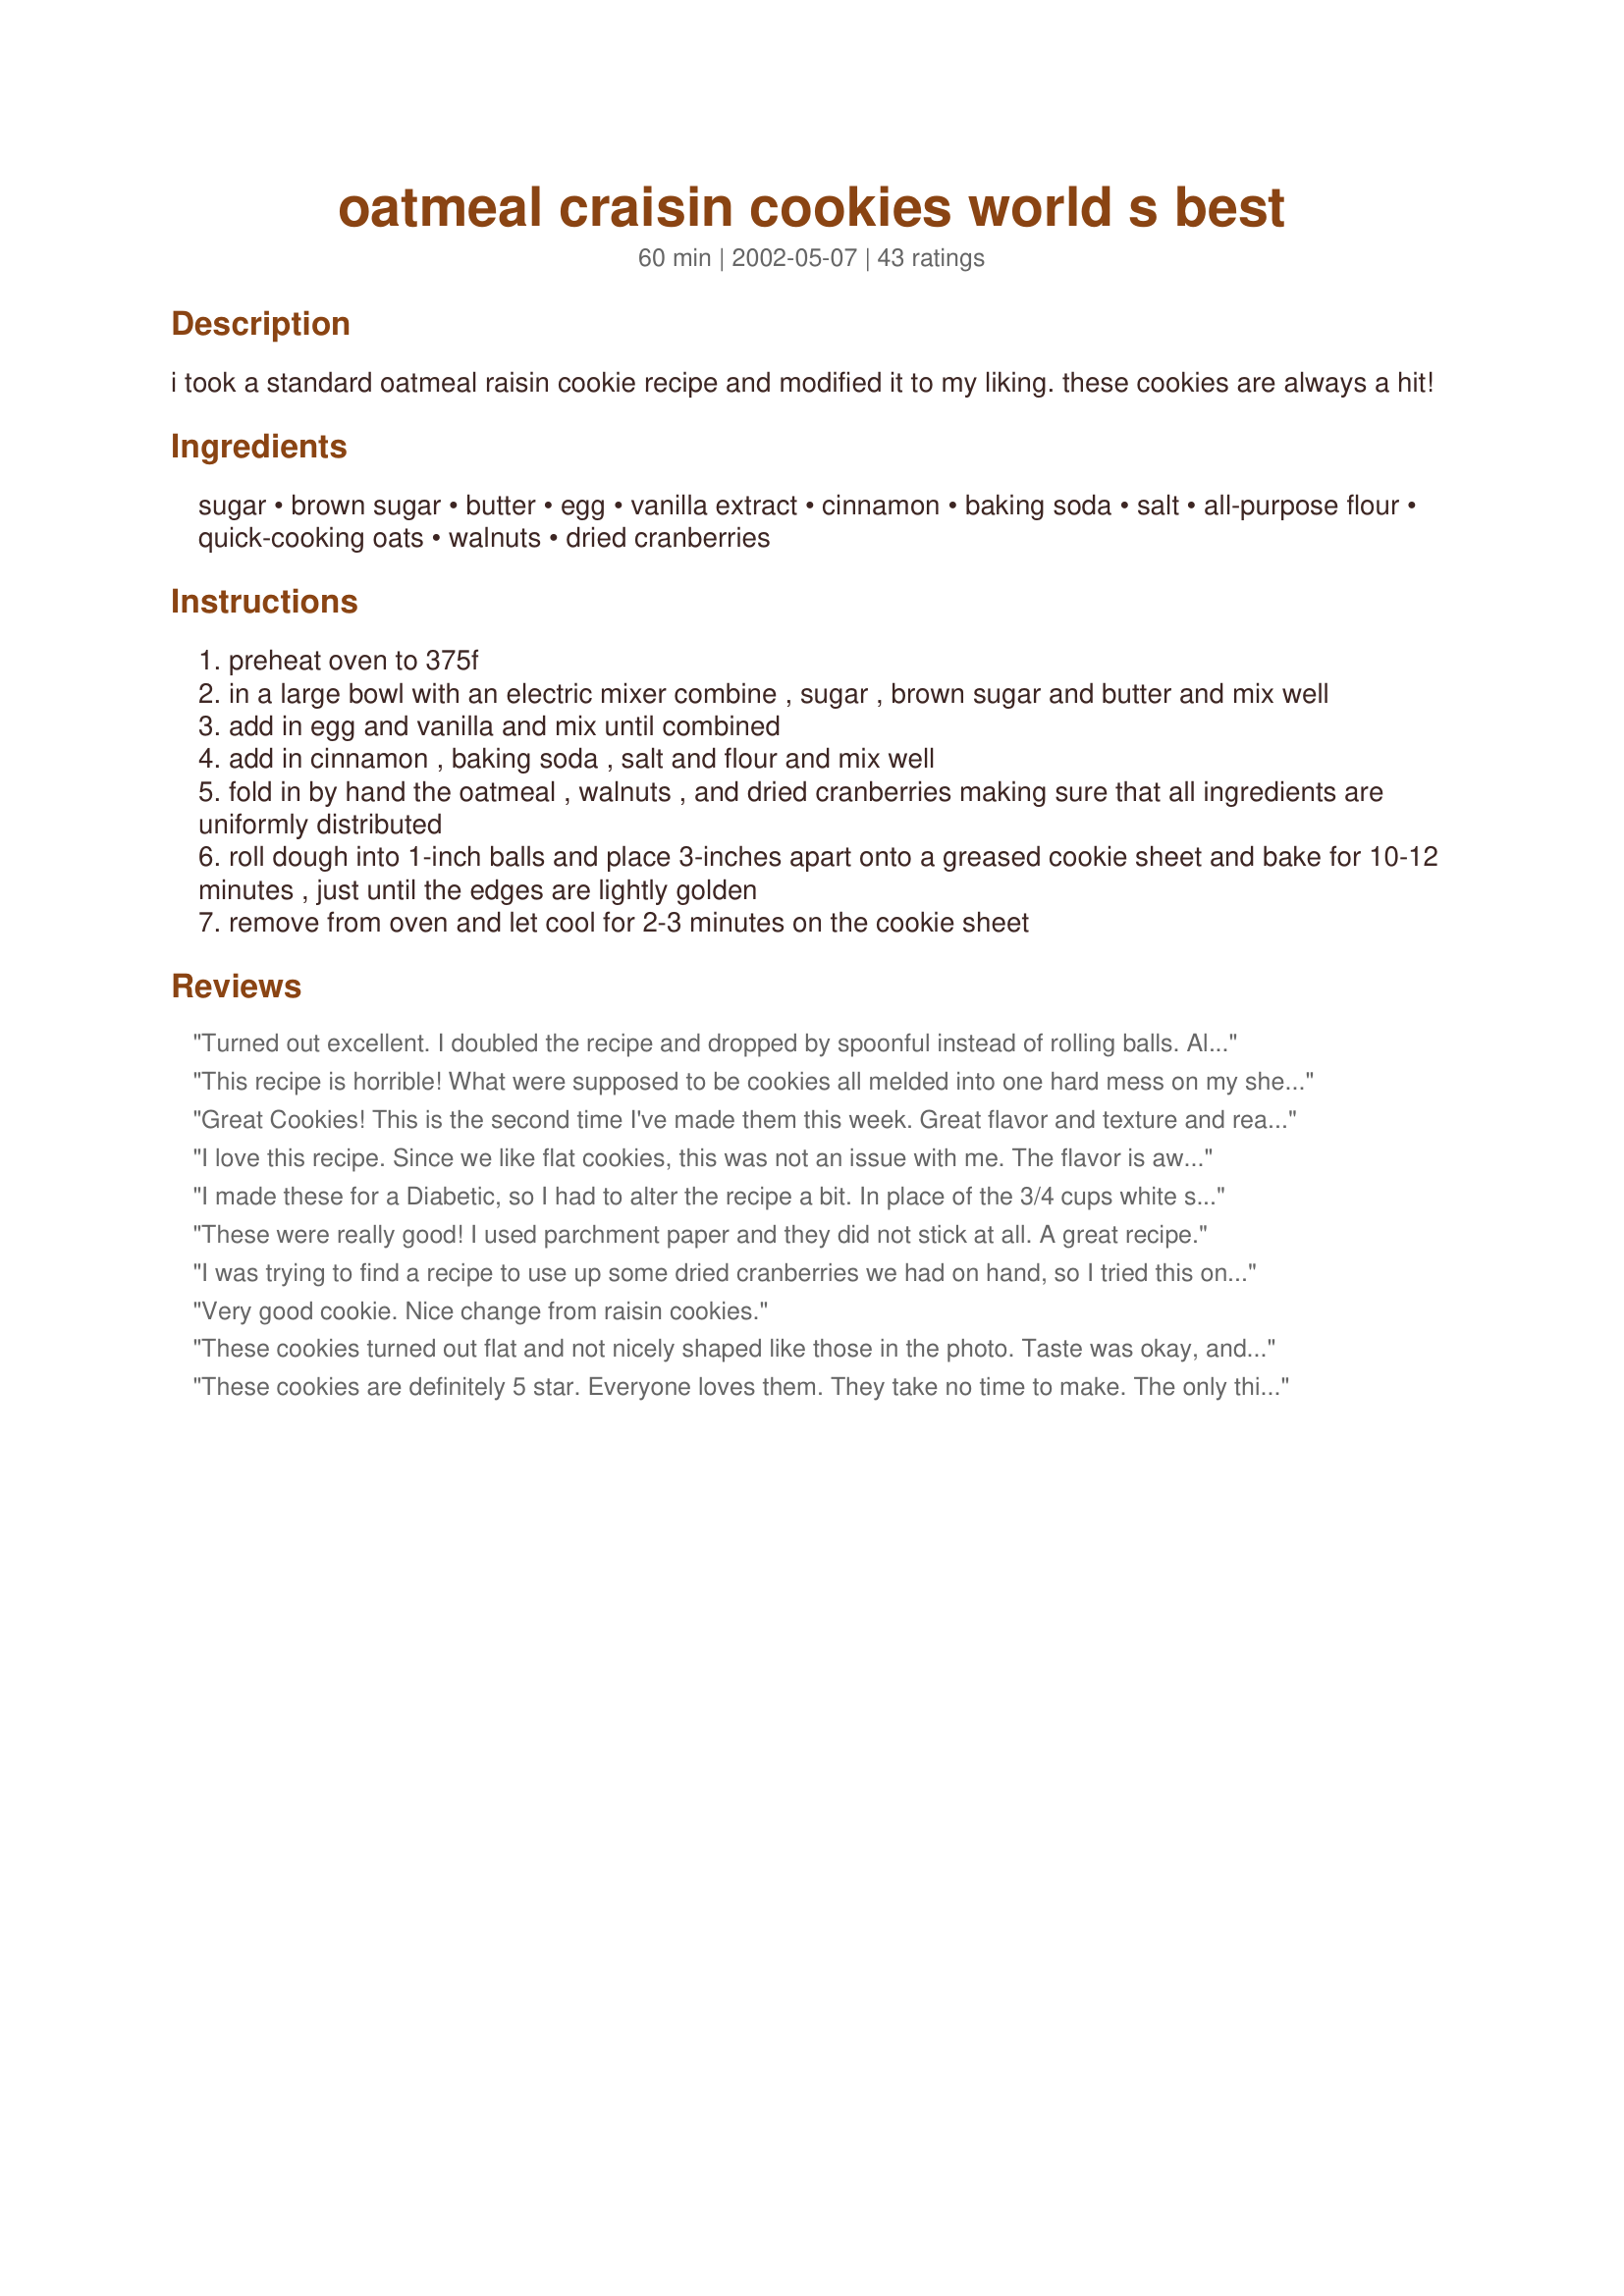
oatmeal craisin cookies world s best
Preparation time: 60 minutes

i took a standard oatmeal raisin cookie recipe and modified it to my liking. these cookies are always a hit!

Ingredients:
sugar, brown sugar, butter, egg, vanilla extract, cinnamon, baking soda, salt, all-purpose flour, quick-cooking oats, walnuts, dried cranberries

Steps:
preheat oven to 375f
in a large bowl with an electric mixer combine , sugar , brown sugar and butter and mix well
add in egg and vanilla and mix until combined
add in cinnamon , baking soda , salt and flour and mix well
fold in by hand the oatmeal , walnuts , and dried cranberries making sure that all ingredients are uniformly distributed
roll dough into 1-inch balls and place 3-inches apart onto a greased cookie sheet and bake for 10-12 minutes , just until the edges are lightly golden
remove from oven and let cool for 2-3 minutes on the cookie sheet

Reviews:
Turned out excellent. I doubled the recipe and dropped by spoonful instead of rolling balls. Also added some chocolate chips to half. I've already eaten two and only the first batch is finished.
This recipe is horrible! What were supposed to be cookies all melded into one hard mess on my sheet. Taste is great but wow...what a disaster, and I am no novice.
Great Cookies! This is the second time I've made them this week. Great flavor and texture and really very easy to throw together and bake. Almost a no fail. I think I'm going to have to start doubling the batch.
I love this recipe. Since we like flat cookies, this was not an issue with me. The flavor is awesome. I will be making these a lot. I got 5 doz cookies out of a double batch, may try to make a double and a half batch since these 5 doz. won't last long.
I made these for a Diabetic, so I had to alter the recipe a bit. In place of the 3/4 cups white sugar, and 1/4 cup brown sugar I did the following :: 3/4 cup Organic Coconut Sugar, 1/8 cup Truvia Baking Blend and 1 Tbsp Organic Light Agave Nectar.&lt;br/&gt;I also let the dough cool in the fridge for about 30 minutes before I formed it into balls and cooked. They were perfect, and amazing! and thanks to the substitutes, only 19 carbs per cookie (when yielding 22 cookies like I did.)
These were really good! I used parchment paper and they did not stick at all. A great recipe.
I was trying to find a recipe to use up some dried cranberries we had on hand, so I tried this one! It was delicious! I put pecans in half the batch and white chocolate chunks in the other half. Both turned out great! However, I used light margarine and the cookies were kind of crumbly and, after storage, stuck to each other. I think it's because of the butter, but the taste was absolutely wonderful! Thanks for the recipe!
Very good cookie. Nice change from raisin cookies.
These cookies turned out flat and not nicely shaped like those in the photo. Taste was okay, and they were chewy until they cooled and got hard. Any suggestions??
These cookies are definitely 5 star. Everyone loves them. They take no time to make. The only thing I did differently was I put in extra cinnamon.
These cookies turned out perfect.. I think the key is using real butter do not use margarine it has too much water and your cookies will flatten like pancakes!
These are excellent! Wonderfully chewy and impossible to stop at just one!
My cookies came out soooo thin and flat. The flavor is good, though. After the first sheet came out I tried my luck with a different type of cookie sheet. Then added flour and more oatmeal and a THIRD type of cookie sheet. They all came out flat flat flat. Don't know what else to do! Think I'll try a different recipe next time.
I finished making these today. In my opinion they're a great cookie. I will say though, you will need to remove the cookies immediately after pulling them out of the oven. Otherwise, if you let them cool down, they become a crumbly mess in the pan. BTW, I used PAM coconut spray generously on my Pyrex. I made the mistake of allowing them to cool completely. Otherwise, this is a keeper of a recipe!
Outstanding oatmeal cookie recipe. I only made one change-used raisins in place of cranberries. I ate one cookie when it was right out of the oven and had another one a few hours later. They seem to have a better texture and taste when you let them sit for awhile. I was out of cranberries, and plan to make them again soon and use cranberries. I lined my old aluminum cookie sheets with reusable teflon coated oven liners(alway use) and had no problem with sticking.
They are the worlds best. Thanks heaps. Everybody loves them. I have made it quite a few times but the last I used choc chip instead of craisins. They were just as delicious!!!
Made these tonight and they are delicious! Will definitely make them again. Ten minutes is plenty in my oven. I actually used old fashion oatmeal instead of the quick cooking oatmeal and they are great. That was what I had, so that is what I used.
I just made these cookies exactly as the recipe stated! They are delicious! Best cookies I've made in a long time! Yummmmm!
Mm, yes, very good cookie. I did not have walnuts, instead I used a little more (1cup) craisins. Used parchment paper on the cookie sheet and they did not stick at all. Could not wait so I tried one cookie immediately out of the oven, it crumbled, but once cooled they are crisp and firm. The dough is a little too sticky to handle when trying to roll into balls. Next time I'll use teaspoons to drop them instead of rolling. Thanks for posting.
I just made these with my grandson--delicious! Really enjoyed these.
Really good cookies! Just the right combination of ingredients. I dropped them instead of rolling into balls. Worked out fine. Will surely make again. Thanks!
I really like the texture of these cookies... light and crispy and not doughy. They taste wonderful too. I used orange flavored cranberry from Trader Joes. My family loves them. Also, In my oven, 11 minutes yield crunchy cookies and 10 minutes yield soft cookies. Thanks for sharing your recipe.
These are sooo scrumptious that I will consider doubling the recipe next time I make them. Yummy!
They tasted amazing. My first batch all the cookies came out flat as paper. I don't know what happened but the second batch I popped in had nice shape to them. Great recipe.
I like the fact that it only has 1/2 cup butter compared to other recipes that call for one cup of butter. I used butterscoth chips in it instead of walnuts only because I didn't have any walnuts. Very goooood.
These are very good! I used margarine and pecans in place of butter and walnuts. Try nonstick foil on your cookie sheets. The cookies are easy to remove -- plus no cookie sheets to wash.
Great cookie!! I figure if they came out flat for anyone, maybe they used self rising instead of all purpose?? Anyway, I have baked these a dozen times, and they came out great each time!!
Awesome! Definitely a keeper! I love the contrast of the tartness of the craisins with the sweet cookie taste.
These cookies are simply the BOMB!!!!! The're
especially great when the chef has made them for you....Hi Matt.....

gr8wyfe
The taste is absolutely wonderful...the only problem I had is they stuck pretty bad to my pan(I did spray with cooking spray but it did not help). Needless to say they are not very pretty but that is ok because the taste makes up for it. YUMMY!!!
My husband made these for a carry-in at work. We both loved them! Excellent cookies, really sweet too!
Delicious! I saw this recipe referenced in a new review today of another of your recipes. It sounded good and I had everything on hand so I just decided to make it. I don't like raisins and normally prefer no additions to my oatmeal cookies-- but I love the craisins and walnuts together. Thanks for sharing the recipe!
Excellent, crispy cookies. I used more walnuts just because I like them a lot. I also used old fashioned oats (toasted briefly in the oven), not quick cooking, with great results. Thanks for an awesome recipe!
This recipe is now my favorite oatmeal cookie, last time I added 3/4 cup of chocolate chips, and they were very delicious, and rich. I took them for a gift and all enjoyed them. Since they have less butter than most, I tell everyone they are health cookies!
I made these cookies and they tasted okay, but were a little dry.
Loved them.
These were awful
Updated: Forgot to add that I didn't use the dried cranberries as it was late last night when I was baking and going to the grocery store was not an option. I used to have a very good recipe, but couldn't find it last night so I turned to zaar. I don't eat cookies, but DH just loves Oatmeal cookies and this recipe sounded great! Let me tell you the ingredients held up their end of the bargain and merged together to make an absolutely wonderful Oatmeal cookie! Thanks for posting and now this is the new staple for my household.
I love oatmeal cookies. I have been looking for a good recipe. I finally found it! I made them with pecans. Also I had no problem with them sticking to the pans. A definite keeper.
These are my favorite cookie. Thank you Matthew for the tasty recipe.<br/><br/>Instead of greasing the cookie sheet, I line my cookie sheet with parchment paper. Once they've cooled for a few minutes after coming out of the oven, they lift off the parchment paper easily. Easier clean up too.
These cookies were excellent! I added a few sprinkles to make them into Christmas cookies.
These didn't work well for me - they were so flat and thin but tasted lovely. If you like crispy thin cookies then try these!
I had to add another 1/4 cup of flour cuz it wasnt thick enough. Also i dropped piles on the pan cuz it was not a texture to roll balls. they came out perfect and taste great. mine are for fluffy and not flat like in photo. ill add the photo next if it lets me.-gretchen
